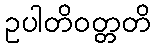
ဥပါတိဝတ္တတိ